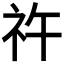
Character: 𥘪